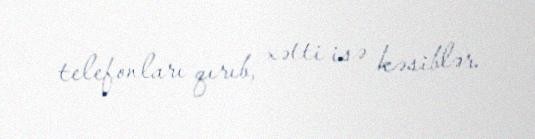
telefonları qırıb, xətti isə kəsiblər.